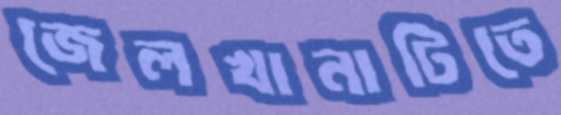
জেলখানাটিতে